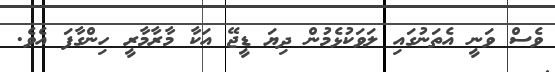
ވެސް ވަނީ އެތަނުގައި ލަވަކުޅެމުން ދިޔަ ޑީޖޭ އަކާ މާރާމާރީ ހިންގާފަ އެވެ.